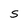
Character: s